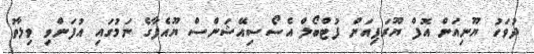
ދުވަހު ޔޫނިއަން އޮފް ޔޫރަޕިއަން ފުޓްބޯލް އެސޯސިއޭޝަންސް ޔޫއެފާގެ ނަމުގައި އުފަންވި ވިލާތު